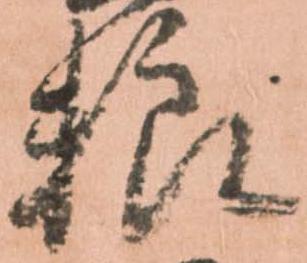
粮